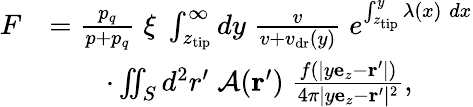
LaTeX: \begin{array}{rl}{F}&{=\frac{p_{q}}{p+p_{q}}\; \xi\; \int_{z_{\mathrm{tip}}}^{\infty}dy\; \frac v{v+v_{\mathrm{dr}}(y)}\; e^{\int_{z_{\mathrm{tip}}}^{y}\lambda(x)\; dx}}\\ &{\qquad\cdot\iint_{S}d^{2}r^{\prime}\; \mathcal{A}({\mathbf r^{\prime}})\; \frac{f(|y{\mathbf e}_{z}-{\mathbf r^{\prime}}|)}{4\pi|y{\mathbf e}_{z}-{\mathbf r^{\prime}}|^{2}},}\end{array}